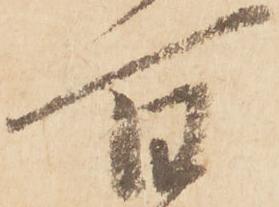
百